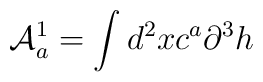
{\cal{A}}_a^1=\int d^2x c^a \partial^3 h